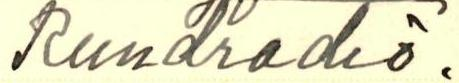
Rundradio.